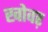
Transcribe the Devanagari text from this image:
खोवऱ